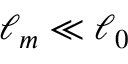
\ell _ { m } \ll \ell _ { 0 }